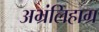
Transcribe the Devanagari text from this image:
अभ्रंलिहाग्र